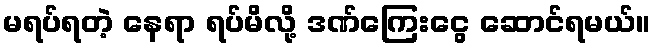
မရပ်ရတဲ့ နေရာ ရပ်မိလို့ ဒဏ်ကြေးငွေ ဆောင်ရမယ်။